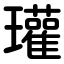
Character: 瓘